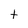
Character: t